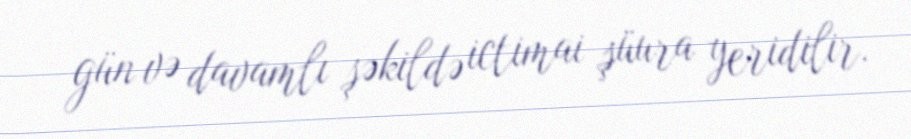
gün və davamlı şəkildə ictimai şüura yeridilir.